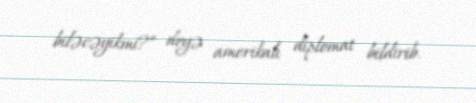
biləcəyikmi?” deyə amerikalı diplomat bildirib.